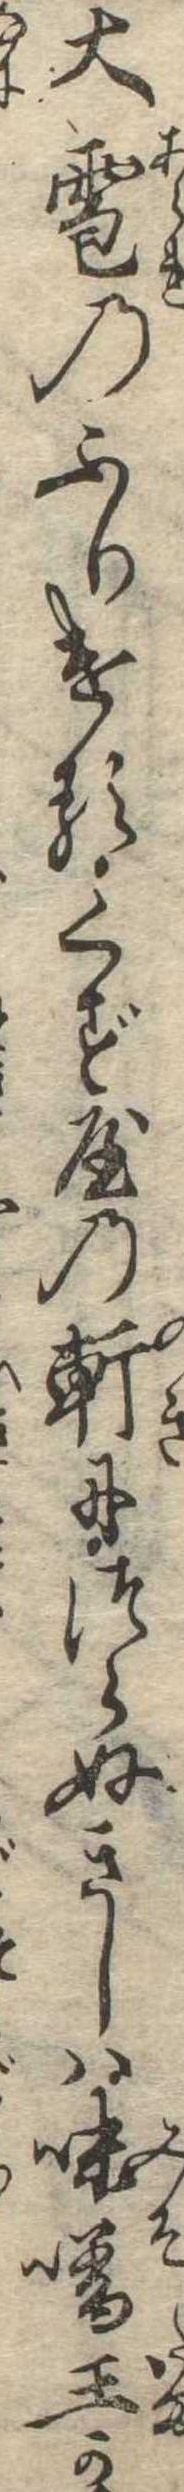
大雹のふりけるくず屋の軒につらぬきしは味噌玉か